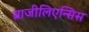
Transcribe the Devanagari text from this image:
ब्राजीलिएन्सिस